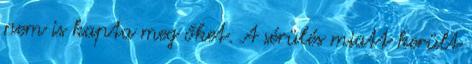
nem is kapta meg őket. A sérülés miatt került